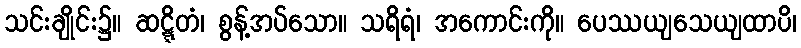
သင်းချိုင်း၌။ ဆဋ္ဋိတံ၊ စွန့်အပ်သော။ သရိရံ၊ အကောင်းကို။ ပေဿယျသေယျထာပိ၊